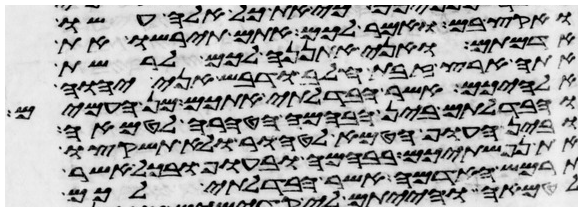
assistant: ואקץ בם ואמר לכם אתם תירשו את
אדמתם ואני אתננה לכם לרשת
אתה ארץ זבת חלב ודבש אני יהוה
אלהיכם אשר הבדלתי אתכם מן העמים
והבדלתם בין הבהמה הטהרה לטמאה
ובין העוף הטמא לטהור ולא תשקצו
את נפשתיכם בבהמה ובעוף ובכל אשר
תרמש האדמה אשר הבדלתי לכם